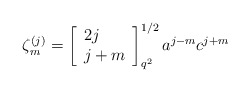
\begin{align*}\zeta ^{(j)}_{m}=\left[ \begin{array}{l}2j\\j+m\end{array}\right]^{1/2}_{q^{2}}a^{j-m}c^{j+m}\end{align*}